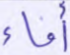
أفاء